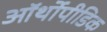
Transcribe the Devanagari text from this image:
ऑर्थोपीडिक